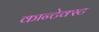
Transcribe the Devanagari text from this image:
कान्टेक्स्ट